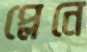
প্লেনে